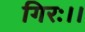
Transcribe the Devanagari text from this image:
गिरः।।